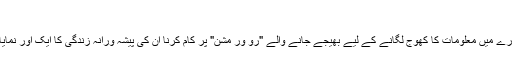
"
مریخ کے بارے میں معلومات کا کھوج لگانے کے لیے بھیجے جانے والے "رو ور مشن" پر کام کرنا ان کی پیشہ ورانہ زندگی کا ایک اور نمایاں واقعہ ہے۔